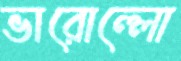
ভারোল্লো